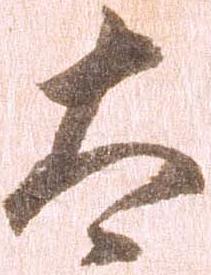
太